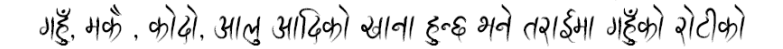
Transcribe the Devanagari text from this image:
गहुँ, मकै, कोदो, आलु आदिको खाना हुन्छ भने तराईमा गहुँको रोटीको